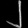
Digit: ၂